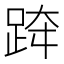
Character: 𨀗